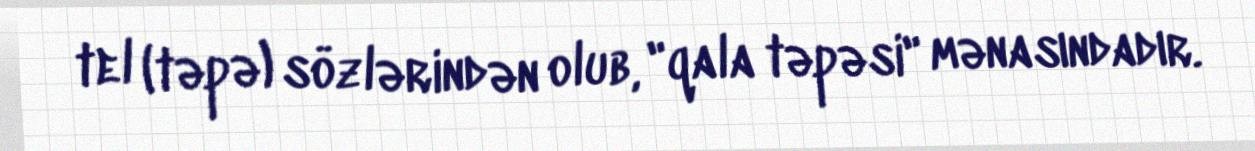
tel (təpə) sözlərindən olub, "qala təpəsi" mənasındadır.